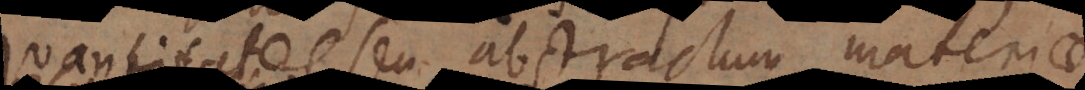
quantitates seu abstractum materiae